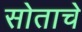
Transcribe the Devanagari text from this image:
सोताचे